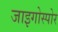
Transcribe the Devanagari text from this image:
जाइगोस्पोर